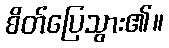
စိတ်ပြေသွား၏။